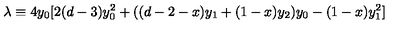
\lambda \equiv 4 y _ { 0 } [ 2 ( d - 3 ) y _ { 0 } ^ { 2 } + ( ( d - 2 - x ) y _ { 1 } + ( 1 - x ) y _ { 2 } ) y _ { 0 } - ( 1 - x ) y _ { 1 } ^ { 2 } ]